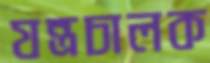
যন্ত্রচালক